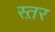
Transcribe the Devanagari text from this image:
स्त़र